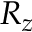
R _ { z }